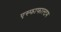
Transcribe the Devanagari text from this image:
एस्फाफाल्टम